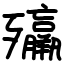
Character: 㱻